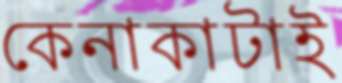
কেনাকাটাই